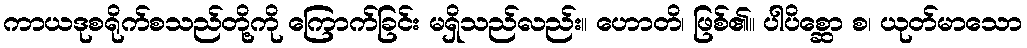
ကာယဒုစရိုက်စသည်တို့ကို ကြောက်ခြင်း မရှိသည်လည်း။ ဟောတိ၊ ဖြစ်၏။ ပါပိစ္ဆော စ၊ ယုတ်မာသော